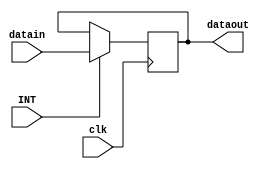
`timescale 1ns / 1ps
//////////////////////////////////////////////////////////////////////////////////
// Company: 
// Engineer: 
// 
// Design Name: 
// Module Name:    PC 
// Project Name: 
// Target Devices: 
// Tool versions: 
// Description: 
//
// Dependencies: 
//
// Revision: 
// Revision 0.01 - File Created
// Additional Comments: 
//
//////////////////////////////////////////////////////////////////////////////////
module PC(
input clk,
input INT,
input [31:0]datain,
output [31:0]dataout
    );
reg [31:0]a=0;
assign dataout=a;

always@(posedge clk)
begin
	if(INT==1)
		a=datain;
end

endmodule